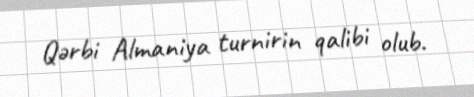
Qərbi Almaniya turnirin qalibi olub.